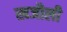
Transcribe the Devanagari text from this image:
खजौली